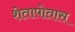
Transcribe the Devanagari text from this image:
शेतापोतास